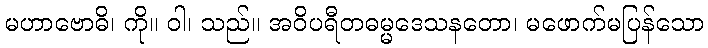
မဟာဗောဓိ၊ ကို။ ဝါ၊ သည်။ အဝိပရီတဓမ္မဒေသနတော၊ မဖောက်မပြန်သော